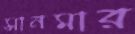
সানমার